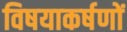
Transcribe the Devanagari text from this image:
विषयाकर्षणों